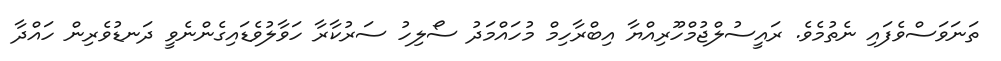
ތަނަވަސްވެފައި ނެތުމެވެ. ރައީސުލްޖުމްހޫރިއްޔާ އިބްރާހިމް މުހައްމަދު ސޯލިހު ސަރުކާރާ ހަވާލުވެޑައިގެންނެވީ ދަނޑުވެރިން ހައްދާ